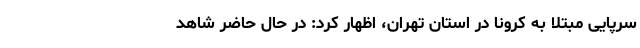
سرپایی مبتلا به کرونا در استان تهران، اظهار کرد: در حال حاضر شاهد